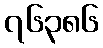
၇၆၃၈၆